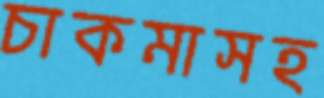
চাকমাসহ